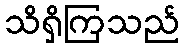
သိရှိကြသည်